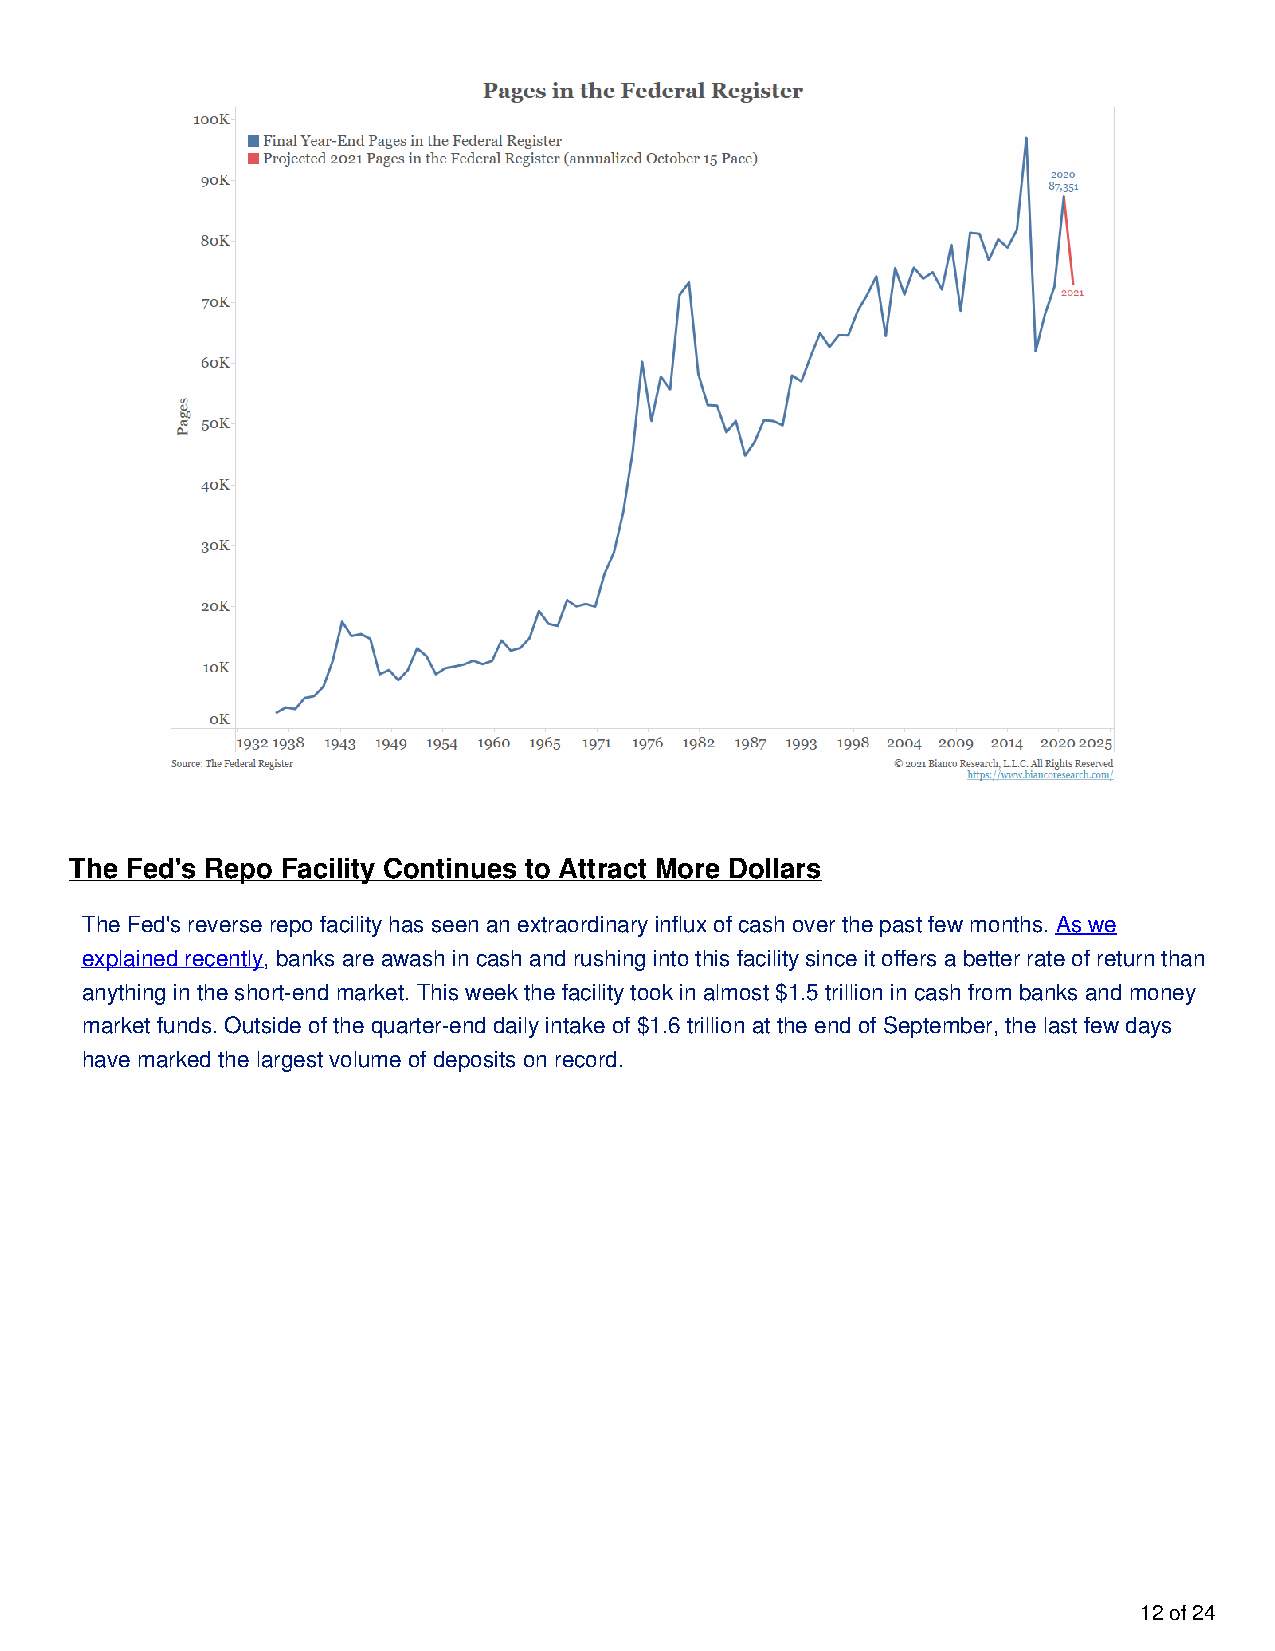
The Fed's Repo Facility Continues to Attract More Dollars
 The Fed's reverse repo facility has seen an extraordinary influx of cash over the past few months. As we
 explained recently, banks are awash in cash and rushing into this facility since it offers a better rate of return than
 anything in the short-end market. This week the facility took in almost $1.5 trillion in cash from banks and money
 market funds. Outside of the quarter-end daily intake of $1.6 trillion at the end of September, the last few days
 have marked the largest volume of deposits on record.
 12 of 24